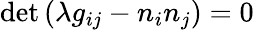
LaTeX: {\operatorname*{det}}\left(\lambda g_{ij}-n_{i}n_{j}\right)=0